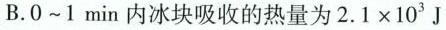
B.0~1min内冰块吸收的热量为$$2 . 1 \times 1 0 ^ { 3 }$$J